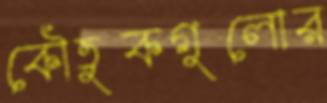
কৌতুকগুলোর